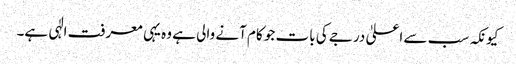
کیونکہ سب سے اعلیٰ درجے کی بات جو کام آنے والی ہے وہ یہی معرفت الٰہی ہے۔